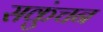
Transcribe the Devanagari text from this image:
सकुंचन